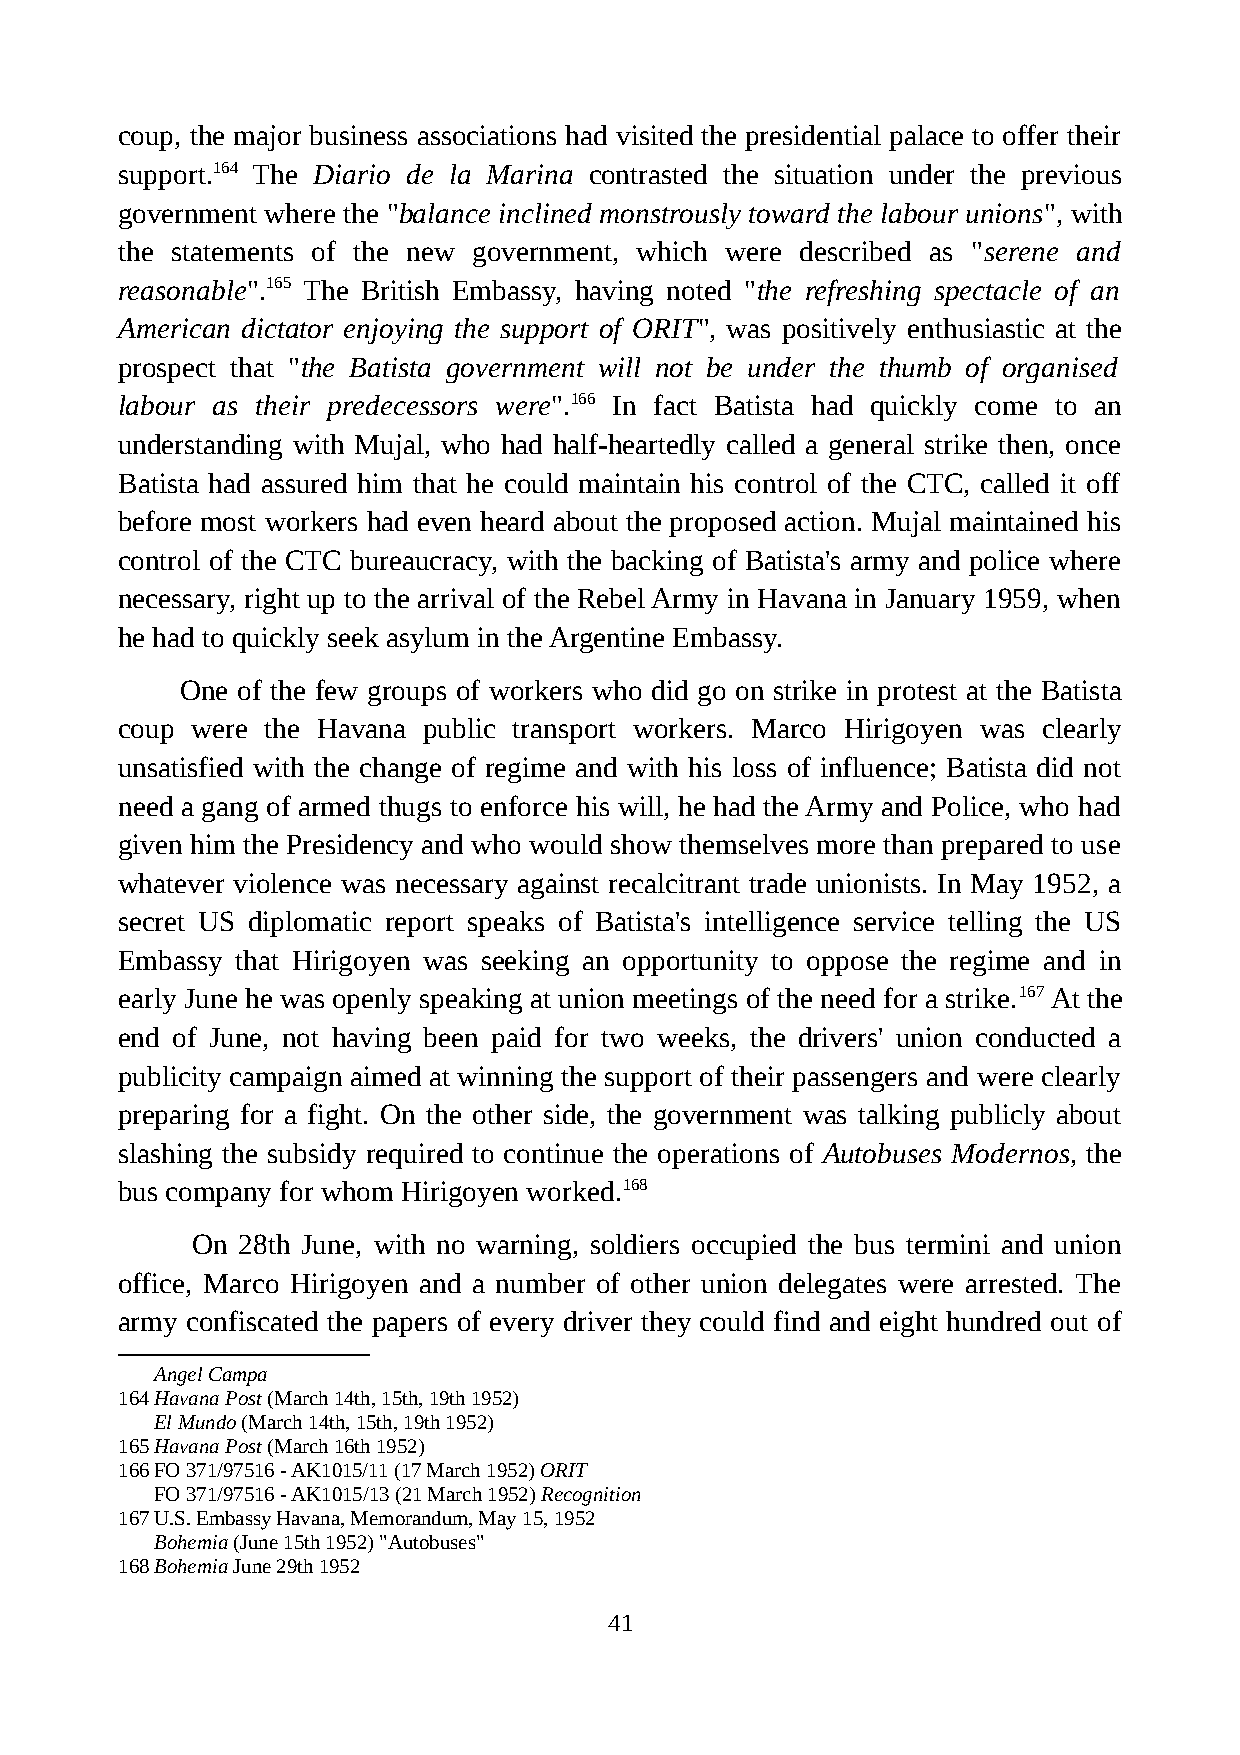
coup, the major business associations had visited the presidential palace to offer their
 support.164 The Diario de la Marina contrasted the situation under the previous
 government where the "balance inclined monstrously toward the labour unions", with
 the statements of the new government, which were described as "serene and
 reasonable".165 The British Embassy, having noted "the refreshing spectacle of an
 American dictator enjoying the support of ORIT", was positively enthusiastic at the
 prospect that "the Batista government will not be under the thumb of organised
 labour as their predecessors were".166 In fact Batista had quickly come to an
 understanding with Mujal, who had half-heartedly called a general strike then, once
 Batista had assured him that he could maintain his control of the CTC, called it off
 before most workers had even heard about the proposed action. Mujal maintained his
 control of the CTC bureaucracy, with the backing of Batista's army and police where
 necessary, right up to the arrival of the Rebel Army in Havana in January 1959, when
 he had to quickly seek asylum in the Argentine Embassy.
 One of the few groups of workers who did go on strike in protest at the Batista
 coup were the Havana public transport workers. Marco Hirigoyen was clearly
 unsatisfied with the change of regime and with his loss of influence; Batista did not
 need a gang of armed thugs to enforce his will, he had the Army and Police, who had
 given him the Presidency and who would show themselves more than prepared to use
 whatever violence was necessary against recalcitrant trade unionists. In May 1952, a
 secret US diplomatic report speaks of Batista's intelligence service telling the US
 Embassy that Hirigoyen was seeking an opportunity to oppose the regime and in
 early June he was openly speaking at union meetings of the need for a strike.167 At the
 end of June, not having been paid for two weeks, the drivers' union conducted a
 publicity campaign aimed at winning the support of their passengers and were clearly
 preparing for a fight. On the other side, the government was talking publicly about
 slashing the subsidy required to continue the operations of Autobuses Modernos, the
 bus company for whom Hirigoyen worked.168
 On 28th June, with no warning, soldiers occupied the bus termini and union
 office, Marco Hirigoyen and a number of other union delegates were arrested. The
 army confiscated the papers of every driver they could find and eight hundred out of
 Angel Campa
 164Havana Post (March 14th, 15th, 19th 1952)
 El Mundo (March 14th, 15th, 19th 1952)
 165Havana Post (March 16th 1952)
 166FO 371/97516 - AK1015/11 (17 March 1952) ORIT
 FO 371/97516 - AK1015/13 (21 March 1952) Recognition
 167U.S. Embassy Havana, Memorandum, May 15, 1952
 Bohemia (June 15th 1952) "Autobuses"
 168Bohemia June 29th 1952
 41